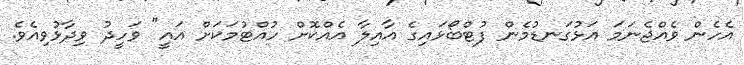
އެހެން ވެއްޖެނަމަ އަޅުގަނޑުމެން ފުޓްބޯޅައިގެ އާއިލާ އެއްކޮށް ހުއްޓުމަކަށް އައީ" ވަހީދު ވިދާޅުވިއެވެ.